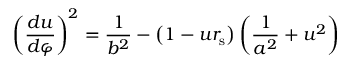
\left( { \frac { d u } { d \varphi } } \right) ^ { 2 } = { \frac { 1 } { b ^ { 2 } } } - \left( 1 - u r _ { \mathrm { { s } } } \right) \left( { \frac { 1 } { a ^ { 2 } } } + u ^ { 2 } \right)